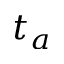
t _ { a }